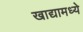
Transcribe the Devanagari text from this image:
खाद्यामध्ये